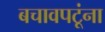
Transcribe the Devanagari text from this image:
बचावपटूंना